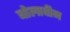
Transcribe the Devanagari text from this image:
बोलावीन